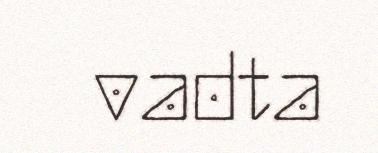
vadta